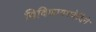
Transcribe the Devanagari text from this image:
विविधागमवेदिने